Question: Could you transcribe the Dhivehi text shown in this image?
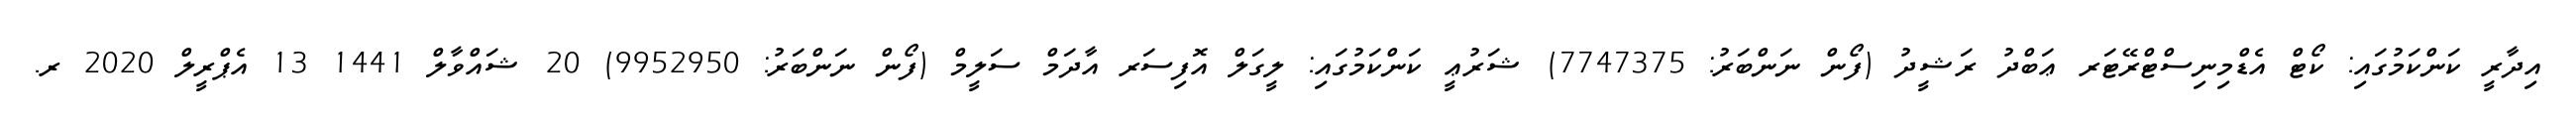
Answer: އިދާރީ ކަންކަމުގައި: ކޯޓް އެޑްމިނިސްޓްރޭޓަރ ޢަބްދު ރަޝީދު (ފޯން ނަންބަރު: 7747375) ޝަރުޢީ ކަންކަމުގައި: ލީގަލް އޮފިސަރ އާދަމް ސަލީމް (ފޯން ނަންބަރު: 9952950) 20 ޝައްވާލް 1441 13 އެޕްރީލް 2020 ރ.